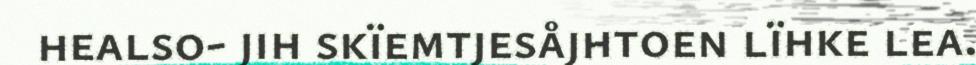
healso- jih skïemtjesåjhtoen lïhke lea.